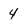
Character: 4